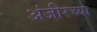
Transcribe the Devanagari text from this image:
अंजीरच्या